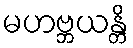
မဟဗ္ဘယန္တိ